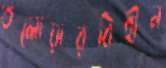
তলোয়ারবিহীন